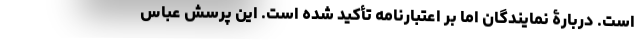
است. دربارۀ نمایندگان اما بر اعتبارنامه تأکید شده است. این پرسش عباس